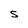
Character: S